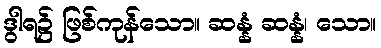
ဒွါရ၌ ဖြစ်ကုန်သော။ ဆန္နံ ဆန္နံ၊ သော။